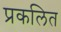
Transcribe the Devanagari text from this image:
प्रकलित